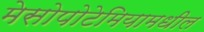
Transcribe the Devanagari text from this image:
मेसोपोटेमियामधील